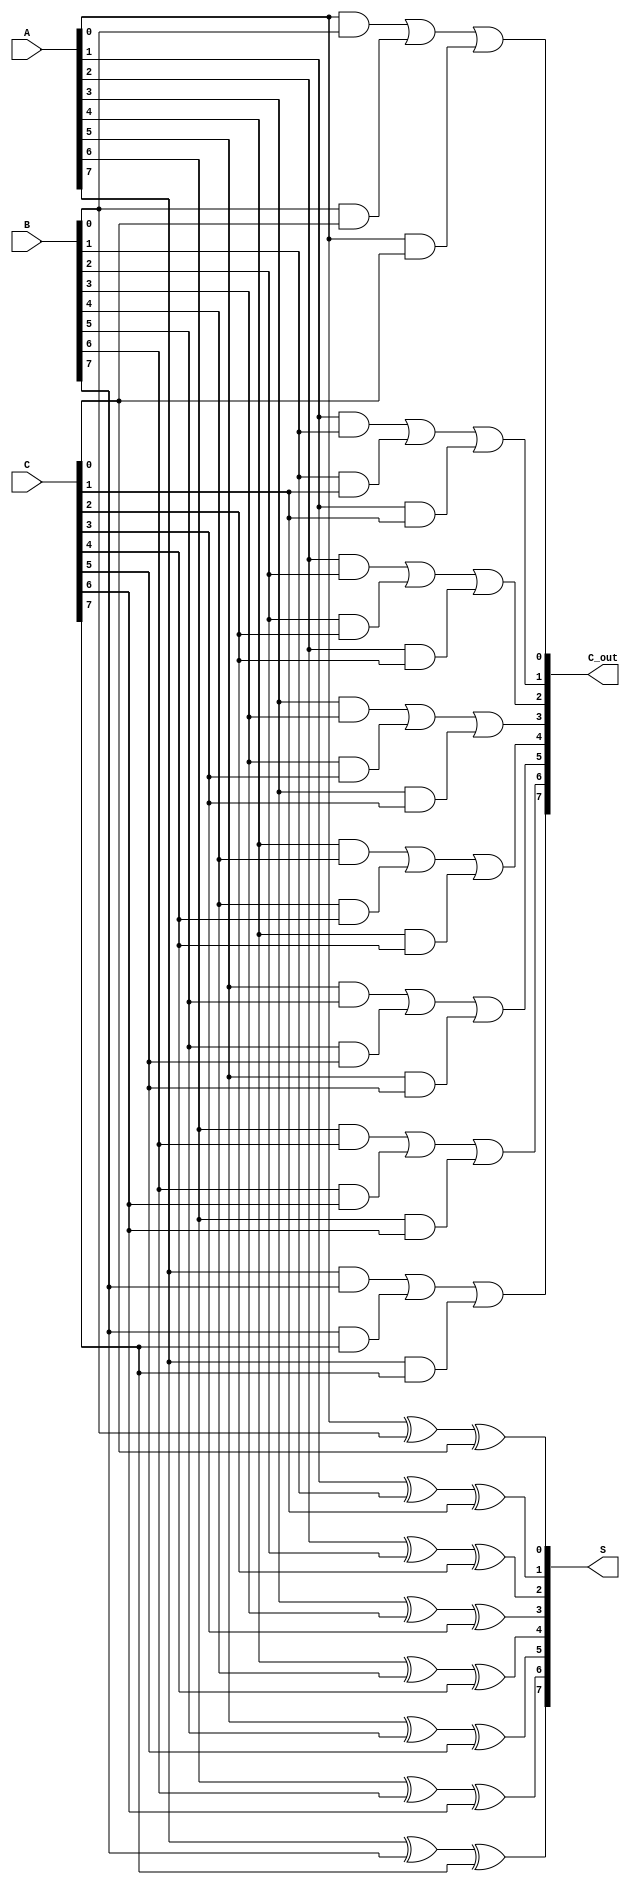
module CarrySaveAdder #(parameter n = 8) (
    input  wire [n-1:0] A,    // First n-bit input
    input  wire [n-1:0] B,    // Second n-bit input
    input  wire [n-1:0] C,    // Third n-bit input
    output wire [n-1:0] S,     // Sum output
    output wire [n-1:0] C_out   // Carry output
);

// Generate Sum using XOR operation
genvar i;
generate
    for (i = 0; i < n; i = i + 1) begin : sum_generation
        assign S[i] = A[i] ^ B[i] ^ C[i]; // S[i] = A[i]  B[i]  C[i]
    end
endgenerate

// Generate Carry using majority function
generate
    for (i = 0; i < n; i = i + 1) begin : carry_generation
        assign C_out[i] = (A[i] & B[i]) | (B[i] & C[i]) | (A[i] & C[i]); // C_out[i] = (A[i] AND B[i]) OR (B[i] AND C[i]) OR (A[i] AND C[i])
    end
endgenerate

endmodule